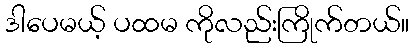
ဒါပေမယ့် ပထမ ကိုလည်းကြိုက်တယ်။